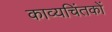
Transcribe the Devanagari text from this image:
काव्यचिंतकों